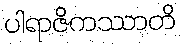
ပါရာဇိကဿာတိ